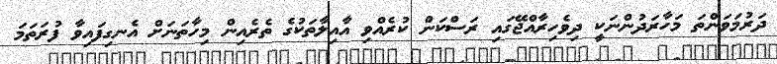
ދަރުމަވަންތަ މަހާރަދުންނަކީ ދިވެހިރާއްޖޭގައި ރަސްކަން ކުރެއްވި އާއިލާތަކުގެ ތެރެއިން މިހާތަނަށް އެނގިފައިވާ ފުރަތަމަ